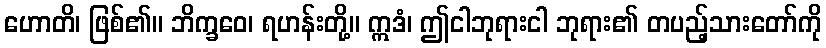
ဟောတိ၊ ဖြစ်၏။ ဘိက္ခဝေ၊ ရဟန်းတို့။ ဣဒံ၊ ဤငါဘုရားငါ ဘုရား၏ တပည့်သားတော်ကို